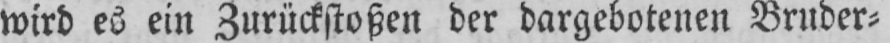
wird es ein Zurückstoßen der dargebotenen Bruder⸗